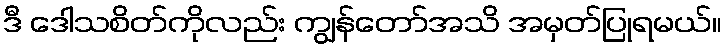
ဒီ ဒေါသစိတ်ကိုလည်း ကျွန်တော်အသိ အမှတ်ပြုရမယ်။